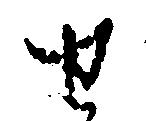
せ